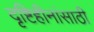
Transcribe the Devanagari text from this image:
दृष्टिहीनांसाठी